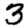
Digit: 3